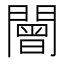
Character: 𨶍